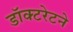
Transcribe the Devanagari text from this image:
डॉक्टरेटने